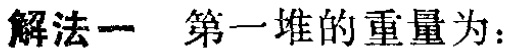
解法一 第一堆的重量为：